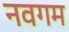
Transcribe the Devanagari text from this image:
नवगम